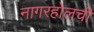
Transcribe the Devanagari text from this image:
नागरहोलची